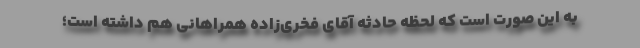
به این صورت است که لحظه حادثه آقای فخری‌زاده همراهانی هم داشته ‌است؛